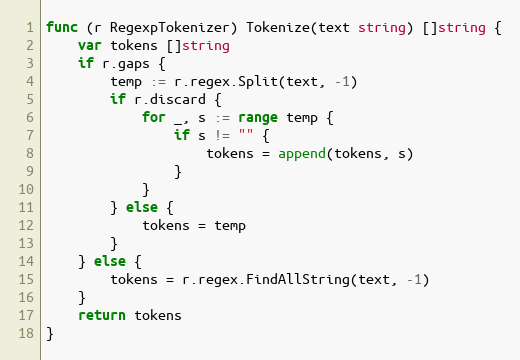
Language: Go
func (r RegexpTokenizer) Tokenize(text string) []string {
	var tokens []string
	if r.gaps {
		temp := r.regex.Split(text, -1)
		if r.discard {
			for _, s := range temp {
				if s != "" {
					tokens = append(tokens, s)
				}
			}
		} else {
			tokens = temp
		}
	} else {
		tokens = r.regex.FindAllString(text, -1)
	}
	return tokens
}